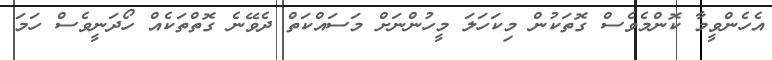
އެހެންވީމާ ކޮންމެވެސް ގޮތަކުން މިކަހަލަ މީހުންނަށް މަސައްކަތް ދެވޭނެ ގޮތްތަކެއް ހޯދަނީވެސް ހަމަ